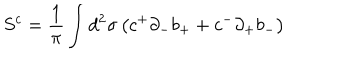
S ^ { c } = \frac { 1 } { \pi } \int d ^ { 2 } \sigma \left( c ^ { + } { \partial } _ { - } b _ { + } + c ^ { - } { \partial } _ { + } b _ { - } \right)